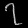
Digit: ၇